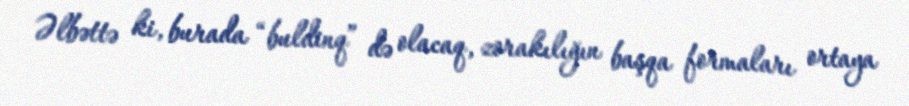
Əlbəttə ki, burada “buldinq” də olacaq, zorakılığın başqa formaları ortaya